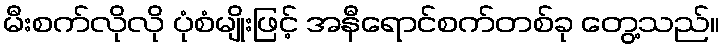
မီးစက်လိုလို ပုံစံမျိုးဖြင့် အနီရောင်စက်တစ်ခု တွေ့သည်။